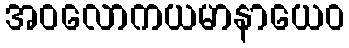
အဝလောကယမာနာယေဝ